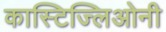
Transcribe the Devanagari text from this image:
कास्टिज्लिओनी